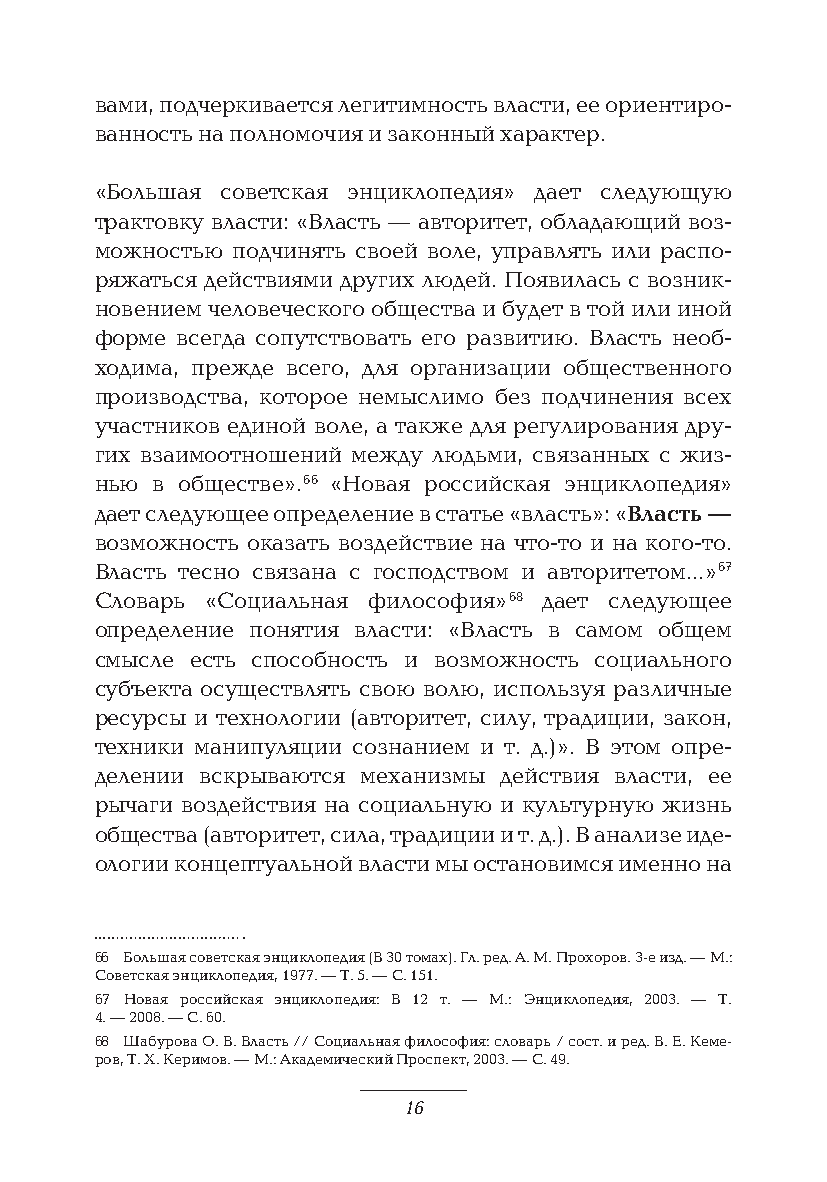
вами, подчеркивается легитимность власти, ее ориентиро-
 ванность на полномочия и законный характер.
 «Большая советская энциклопедия» дает следующую
 трактовку власти: «Власть — авторитет, обладающий воз-
 можностью подчинять своей воле, управлять или распо-
 ряжаться действиями других людей. Появилась с возник-
 новением человеческого общества и будет в той или иной
 форме всегда сопутствовать его развитию. Власть необ-
 ходима, прежде всего, для организации общественного
 производства, которое немыслимо без подчинения всех
 участников единой воле, а также для регулирования дру-
 гих взаимоотношений между людьми, связанных с жиз-
 нью в обществе». 66 «Новая российская энциклопедия»
 дает следующее определение в статье «власть»: «Власть —
 возможность оказать воздействие на что-то и на кого-то.
 Власть тесно связана с господством и авторитетом…» 67
 Словарь «Социальная философия» 68 дает следующее
 определение понятия власти: «Власть в самом общем
 смысле есть способность и возможность социального
 субъекта осуществлять свою волю, используя различные
 ресурсы и технологии (авторитет, силу, традиции, закон,
 техники манипуляции сознанием и т. д.)». В этом опре-
 делении вскрываются механизмы действия власти, ее
 рычаги воздействия на социальную и культурную жизнь
 общества (авторитет, сила, традиции и т. д.). В анализе иде-
 ологии концептуальной власти мы остановимся именно на
 66 Большая советская энциклопедия (В 30 томах). Гл. ред. А. М. Прохоров. 3-е изд. — М.:
 Советская энциклопедия, 1977. — Т. 5. — С. 151.
 67 Новая российская энциклопедия: В 12 т. — М.: Энциклопедия, 2003. — Т.
 4. — 2008. — С. 60.
 68 Шабурова О. В. Власть // Социальная философия: словарь / сост. и ред. В. Е. Кеме-
 ров, Т. Х. Керимов. — М.: Академический Проспект, 2003. — С. 49.
 16